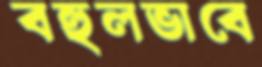
বহুলভাবে